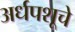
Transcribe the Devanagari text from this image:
अर्धपशूचे